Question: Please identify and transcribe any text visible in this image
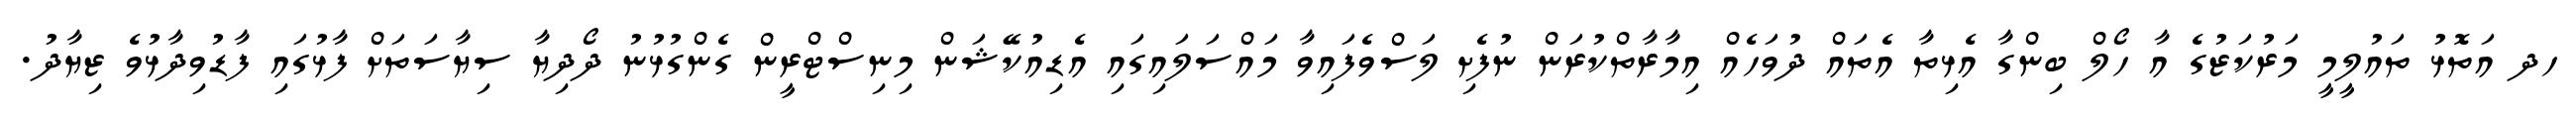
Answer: ހދ އަތޮޅު ތައުލީމީ މަރުކަޒުގެ އާ ހޯލް ބިންގާ އެޅިތާ އެތައް ދުވަހެއް އިމާރާތްކުރަން ނުފެށި ލަސްވެފައިވާ މައްސަލައިގައި އެޑިއުކޭޝަން މިނިސްޓްރީން ގެންގުޅުނު ދޯދިޔާ ސިޔާސަތަށް ފާޅުގައި ފާޑުވިދާޅުވެ ޒިޔާދު.